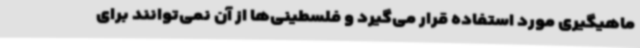
ماهیگیری مورد استفاده قرار می‌گیرد و فلسطینی‌ها از آن نمی‌توانند برای